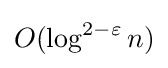
O(\log ^{2-\varepsilon }n)